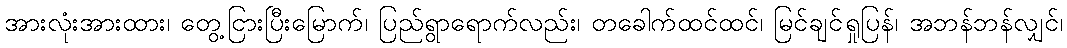
အားလုံးအားထား၊ တွေ့ငြားပြီးမြောက်၊ ပြည်ရွာရောက်လည်း၊ တခေါက်ထင်ထင်၊ မြင်ချင်ရှုပြန်၊ အဘန်ဘန်လျှင်၊